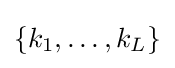
\{k_{1},\ldots ,k_{L}\}